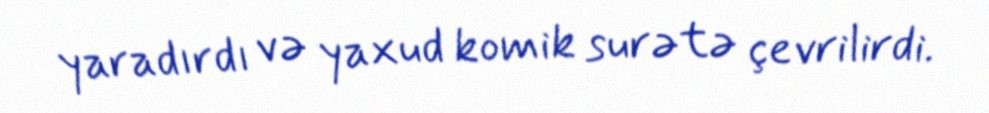
yaradırdı və yaxud komik surətə çevrilirdi.